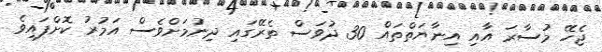
ޖެހޭ މުސާރަ އާއި އިނާޔަތްތައް 30 ދުވަސް ތެރޭގައި ދިނުމަށްވެސް އަމުރު ކޮށްފައިވެ